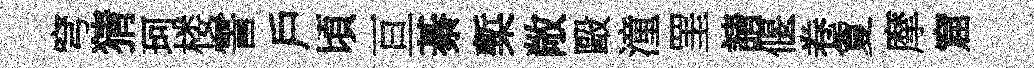
穹猜珂楼霅戶頃亘綦槧敞毆潼罣請偃卷夐摩窟